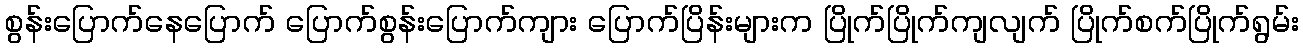
စွန်းပြောက်နေပြောက် ပြောက်စွန်းပြောက်ကျား ပြောက်ပြိန်းများက ပြိုက်ပြိုက်ကျလျက် ပြိုက်စက်ပြိုက်ရွမ်း